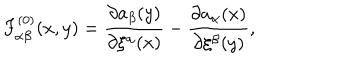
F _ { \alpha \beta } ^ { ( 0 ) } ( x , y ) = \frac { \partial a _ { \beta } ( y ) } { \partial \xi ^ { \alpha } ( x ) } - \frac { \partial a _ { \alpha } ( x ) } { \partial \xi ^ { \beta } ( y ) } ,